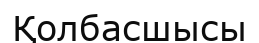
Қолбасшысы